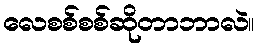
လေစစ်စစ်ဆိုတာဘာလဲ။